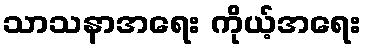
သာသနာအရေး ကိုယ့်အရေး